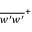
\overline { { w ^ { \prime } w ^ { \prime } } } ^ { + }